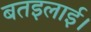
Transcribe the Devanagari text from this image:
बतइलाई।